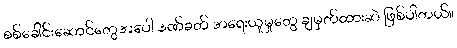
စစ်ခေါင်းဆောင်တွေအပေါ် ဒဏ်ခတ် အရေးယူမှုတွေ ချမှတ်ထားဆဲ ဖြစ်ပါတယ်။